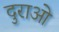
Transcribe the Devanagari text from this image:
दुराओ